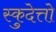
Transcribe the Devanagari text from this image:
स्कुदेत्तो